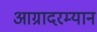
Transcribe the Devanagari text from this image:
आग्रादरम्यान